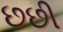
છછી